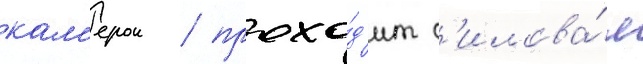
кам'ерои / прохо́д'ит с'илова́я